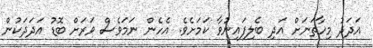
އަދަދު މިހާތަނަށް އަދި ބެލިފައިނުވާ ކަމަށެވެ. އެހެން ނަމަވެސް ވަރަށް ބޮޑު އަދަދަކުން